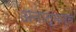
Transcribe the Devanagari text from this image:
अनात्मत्व